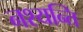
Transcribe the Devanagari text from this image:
नश्यन्ति